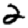
Digit: 2